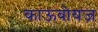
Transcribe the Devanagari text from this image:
काऊबोयज